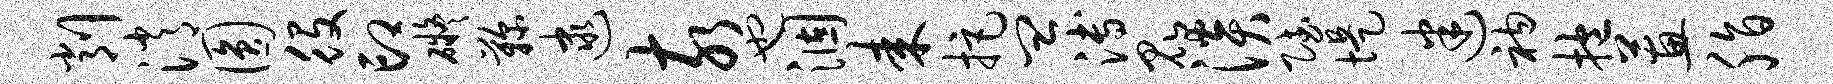
削消圆役印碍鞠逮亥也涸耒拒皿溥昆淡赋堤迷衲抱蕙脂